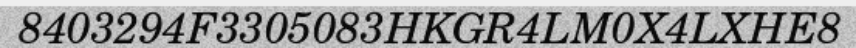
8403294F3305083HKGR4LM0X4LXHE8